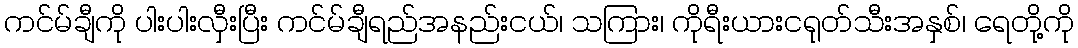
ကင်မ်ချီကို ပါးပါးလှီးပြီး ကင်မ်ချီရည်အနည်းငယ်၊ သကြား၊ ကိုရီးယားငရုတ်သီးအနှစ်၊ ရေတို့ကို